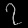
Digit: ၇